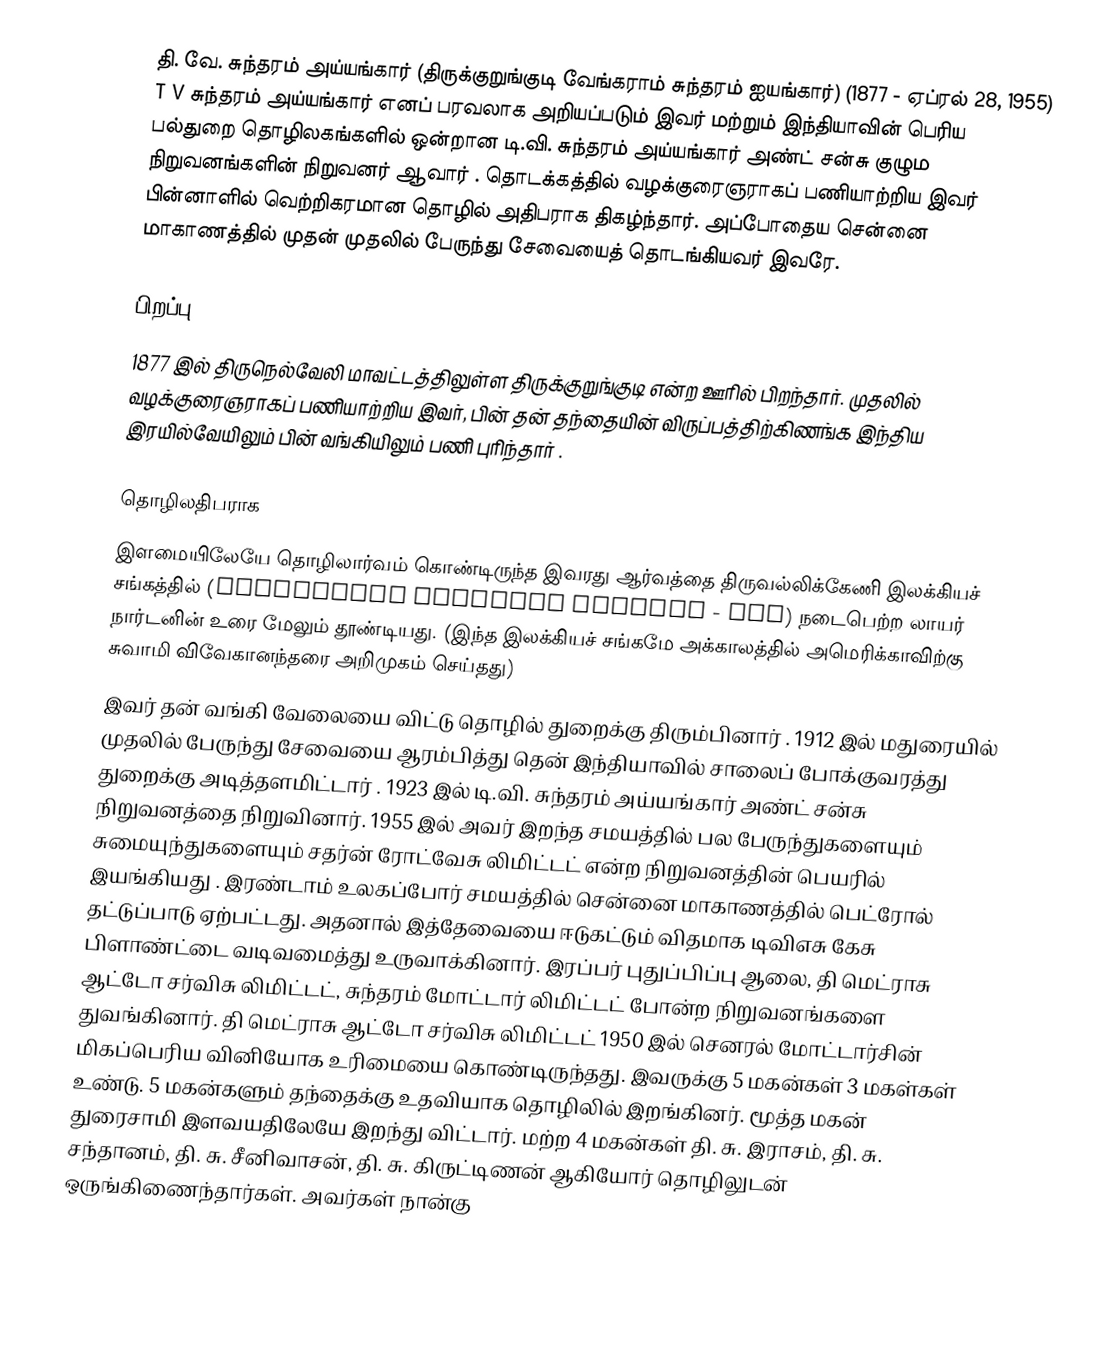
தி. வே. சுந்தரம் அய்யங்கார் (திருக்குறுங்குடி வேங்கராம் சுந்தரம் ஐயங்கார்) (1877 - ஏப்ரல் 28, 1955) T V சுந்தரம் அய்யங்கார் எனப் பரவலாக அறியப்படும் இவர் மற்றும் இந்தியாவின் பெரிய பல்துறை தொழிலகங்களில் ஒன்றான டி.வி. சுந்தரம் அய்யங்கார் அண்ட் சன்சு குழும நிறுவனங்களின் நிறுவனர் ஆவார் . தொடக்கத்தில் வழக்குரைஞராகப் பணியாற்றிய இவர் பின்னாளில் வெற்றிகரமான தொழில் அதிபராக திகழ்ந்தார். அப்போதைய சென்னை மாகாணத்தில் முதன் முதலில் பேருந்து சேவையைத் தொடங்கியவர் இவரே.

பிறப்பு
1877 இல் திருநெல்வேலி மாவட்டத்திலுள்ள திருக்குறுங்குடி என்ற ஊரில் பிறந்தார். முதலில் வழக்குரைஞராகப் பணியாற்றிய இவர், பின் தன் தந்தையின் விருப்பத்திற்கிணங்க இந்திய இரயில்வேயிலும் பின் வங்கியிலும் பணி புரிந்தார்  .

தொழிலதிபராக
இளமையிலேயே தொழிலார்வம் கொண்டிருந்த இவரது ஆர்வத்தை திருவல்லிக்கேணி இலக்கியச் சங்கத்தில் (Triplicane Literary Society - TLS) நடைபெற்ற லாயர் நார்டனின் உரை மேலும் தூண்டியது. (இந்த இலக்கியச் சங்கமே அக்காலத்தில் அமெரிக்காவிற்கு சுவாமி விவேகானந்தரை அறிமுகம் செய்தது)
இவர் தன் வங்கி வேலையை விட்டு தொழில் துறைக்கு திரும்பினார் . 1912 இல் மதுரையில் முதலில் பேருந்து சேவையை ஆரம்பித்து தென் இந்தியாவில் சாலைப் போக்குவரத்து துறைக்கு அடித்தளமிட்டார் . 1923 இல் டி.வி. சுந்தரம் அய்யங்கார் அண்ட் சன்சு நிறுவனத்தை நிறுவினார். 1955 இல் அவர் இறந்த சமயத்தில் பல பேருந்துகளையும் சுமையுந்துகளையும் சதர்ன் ரோட்வேசு லிமிட்டட் என்ற நிறுவனத்தின் பெயரில் இயங்கியது . இரண்டாம் உலகப்போர் சமயத்தில் சென்னை மாகாணத்தில் பெட்ரோல் தட்டுப்பாடு ஏற்பட்டது. அதனால் இத்தேவையை ஈடுகட்டும் விதமாக டிவிஎசு கேசு பிளாண்ட்டை வடிவமைத்து உருவாக்கினார். இரப்பர் புதுப்பிப்பு ஆலை, தி மெட்ராசு ஆட்டோ சர்விசு லிமிட்டட், சுந்தரம் மோட்டார் லிமிட்டட் போன்ற நிறுவனங்களை துவங்கினார். தி மெட்ராசு ஆட்டோ சர்விசு லிமிட்டட் 1950 இல் செனரல் மோட்டார்சின் மிகப்பெரிய வினியோக உரிமையை கொண்டிருந்தது. இவருக்கு 5 மகன்கள் 3 மகள்கள் உண்டு. 5 மகன்களும் தந்தைக்கு உதவியாக தொழிலில் இறங்கினர். மூத்த மகன் துரைசாமி இளவயதிலேயே இறந்து விட்டார். மற்ற 4 மகன்கள் தி. சு. இராசம், தி. சு. சந்தானம், தி. சு. சீனிவாசன், தி. சு. கிருட்டிணன் ஆகியோர் தொழிலுடன் ஒருங்கிணைந்தார்கள். அவர்கள் நான்கு